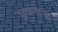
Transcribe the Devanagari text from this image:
धूळगाव